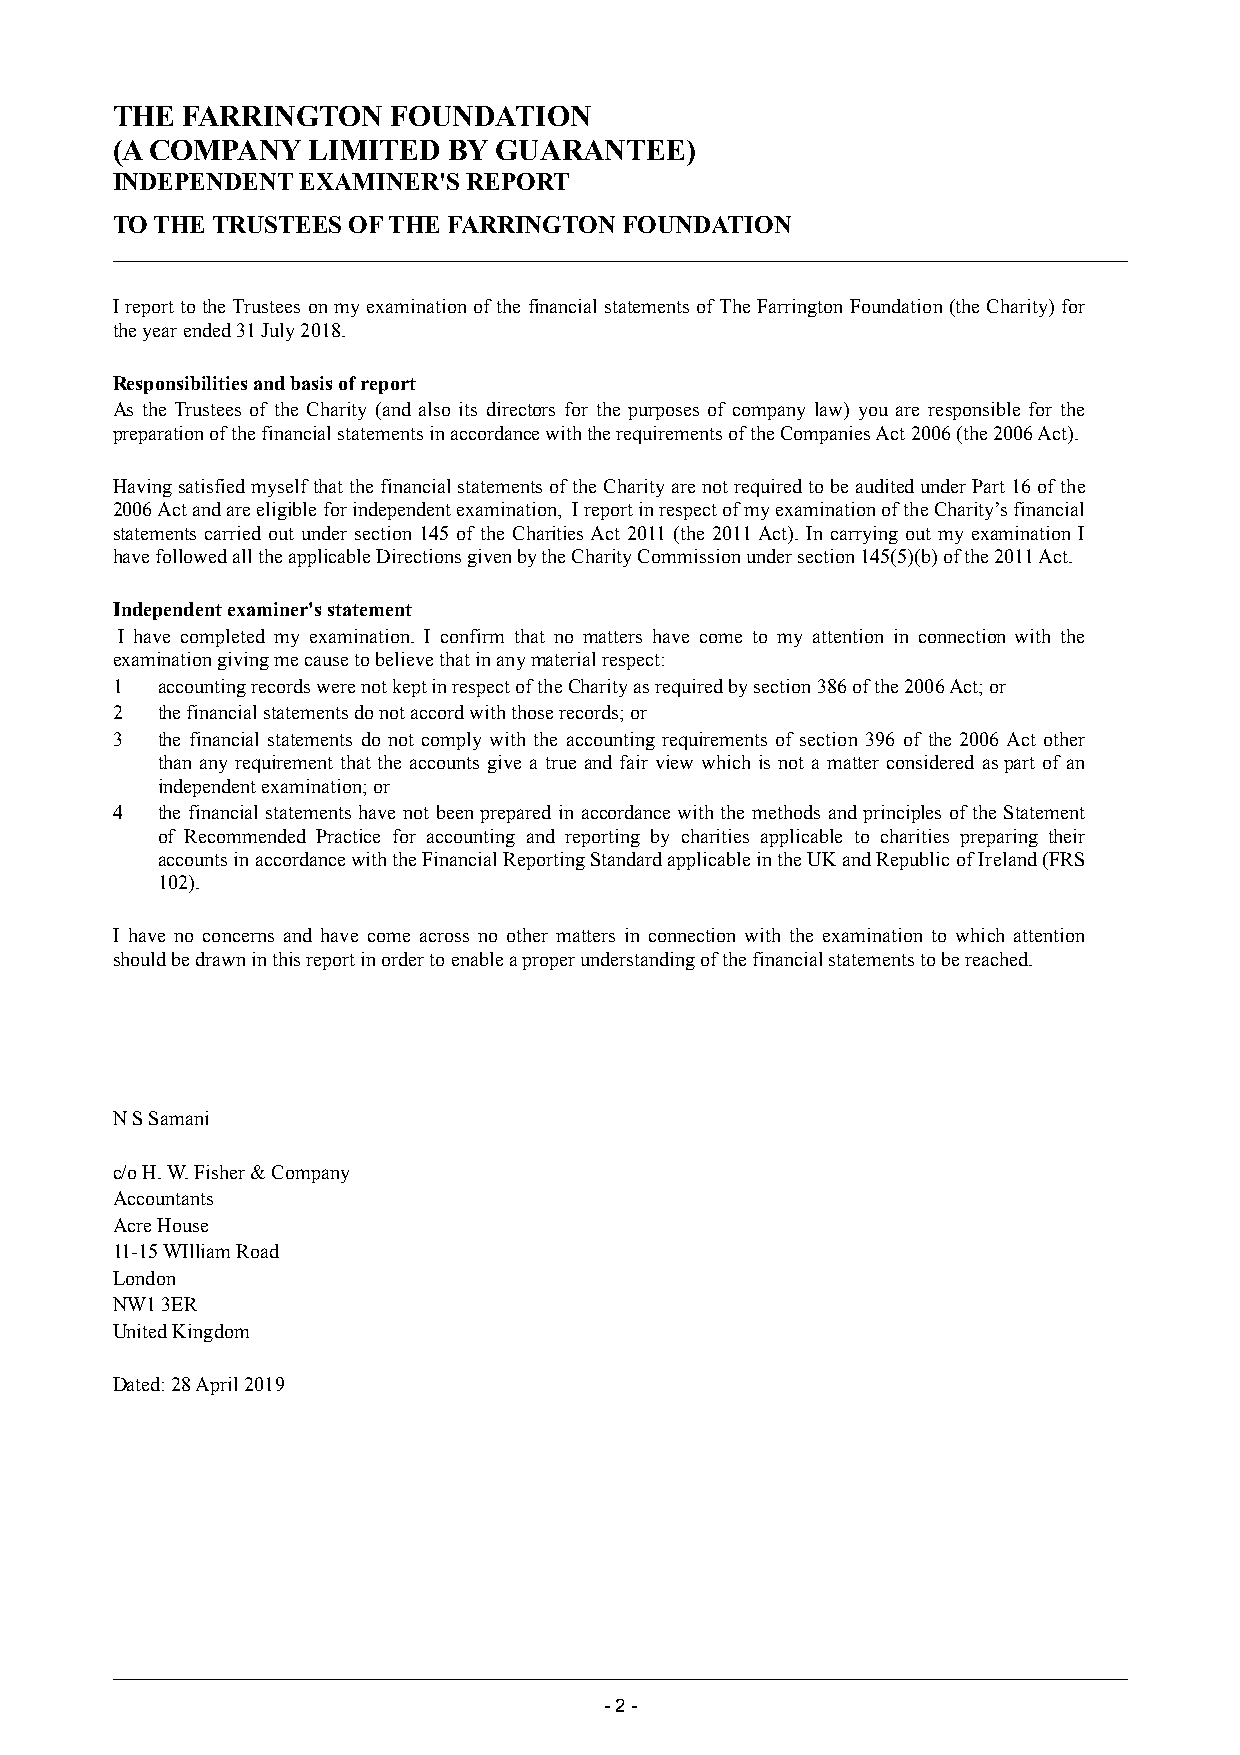
THE  FARRINGTON    FOUNDATION
 (A COMPANY   LIMITED   BY GUARANTEE)
 INDEPENDENT  EXAMINER'S REPORT
 TO THE TRUSTEES OF THE FARRINGTON FOUNDATION
 I report to the Trustees on my examination of the financial statements of The Farrington Foundation (the Charity) for
 the year ended 31 July 2018.
 Responsibilities and basis of report
 As the Trustees of the Charity (and also its directors for the purposes of company law) you are responsible for the
 preparation of the financial statements in accordance with the requirements of the Companies Act 2006 (the 2006 Act).
 Having satisfied myself that the financial statements of the Charity are not required to be audited under Part 16 of the
 2006 Act and are eligible for independent examination, I report in respect of my examination of theCharity’s financial
 statements carried out under section 145 of the Charities Act 2011 (the 2011 Act). In carrying out my examination I
 have followed all the applicable Directions given by the Charity Commission under section 145(5)(b) of the 2011 Act.
 Independent examiner's statement
 I have completed my examination. I confirm that no matters have come to my attention in connection with the
 examination giving me cause to believe that in any material respect:
 1  accounting records were not kept in respect of the Charity as required by section 386 of the 2006 Act; or
 2  the financial statements do not accord with those records; or
 3  the financial statements do not comply with the accounting requirements of section 396 of the 2006 Act other
 than any requirement that the accounts give a true and fair view which is not a matter considered aspart of an
 independent examination; or
 4  the financial statements have not been prepared in accordance with the methods and principles of the Statement
 of Recommended Practice for accounting and reporting by charities applicable to charities preparing their
 accounts in accordance with the Financial Reporting Standard applicable in the UK and Republic of Ireland (FRS
 102).
 I have no concerns and have come across no other matters in connection with the examination to which attention
 should be drawn in this report in order to enable a proper understanding of the financial statementsto be reached.
 N S Samani
 c/o H. W. Fisher & Company
 Accountants
 Acre House
 11-15 WIlliam Road
 London
 NW1 3ER
 United Kingdom
 Dated: 28 April 2019
 -2 -